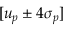
[ u _ { p } \pm 4 \sigma _ { p } ]